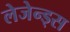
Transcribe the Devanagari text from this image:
लेजेन्ड्स